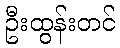
ဦးထွန်းတင်